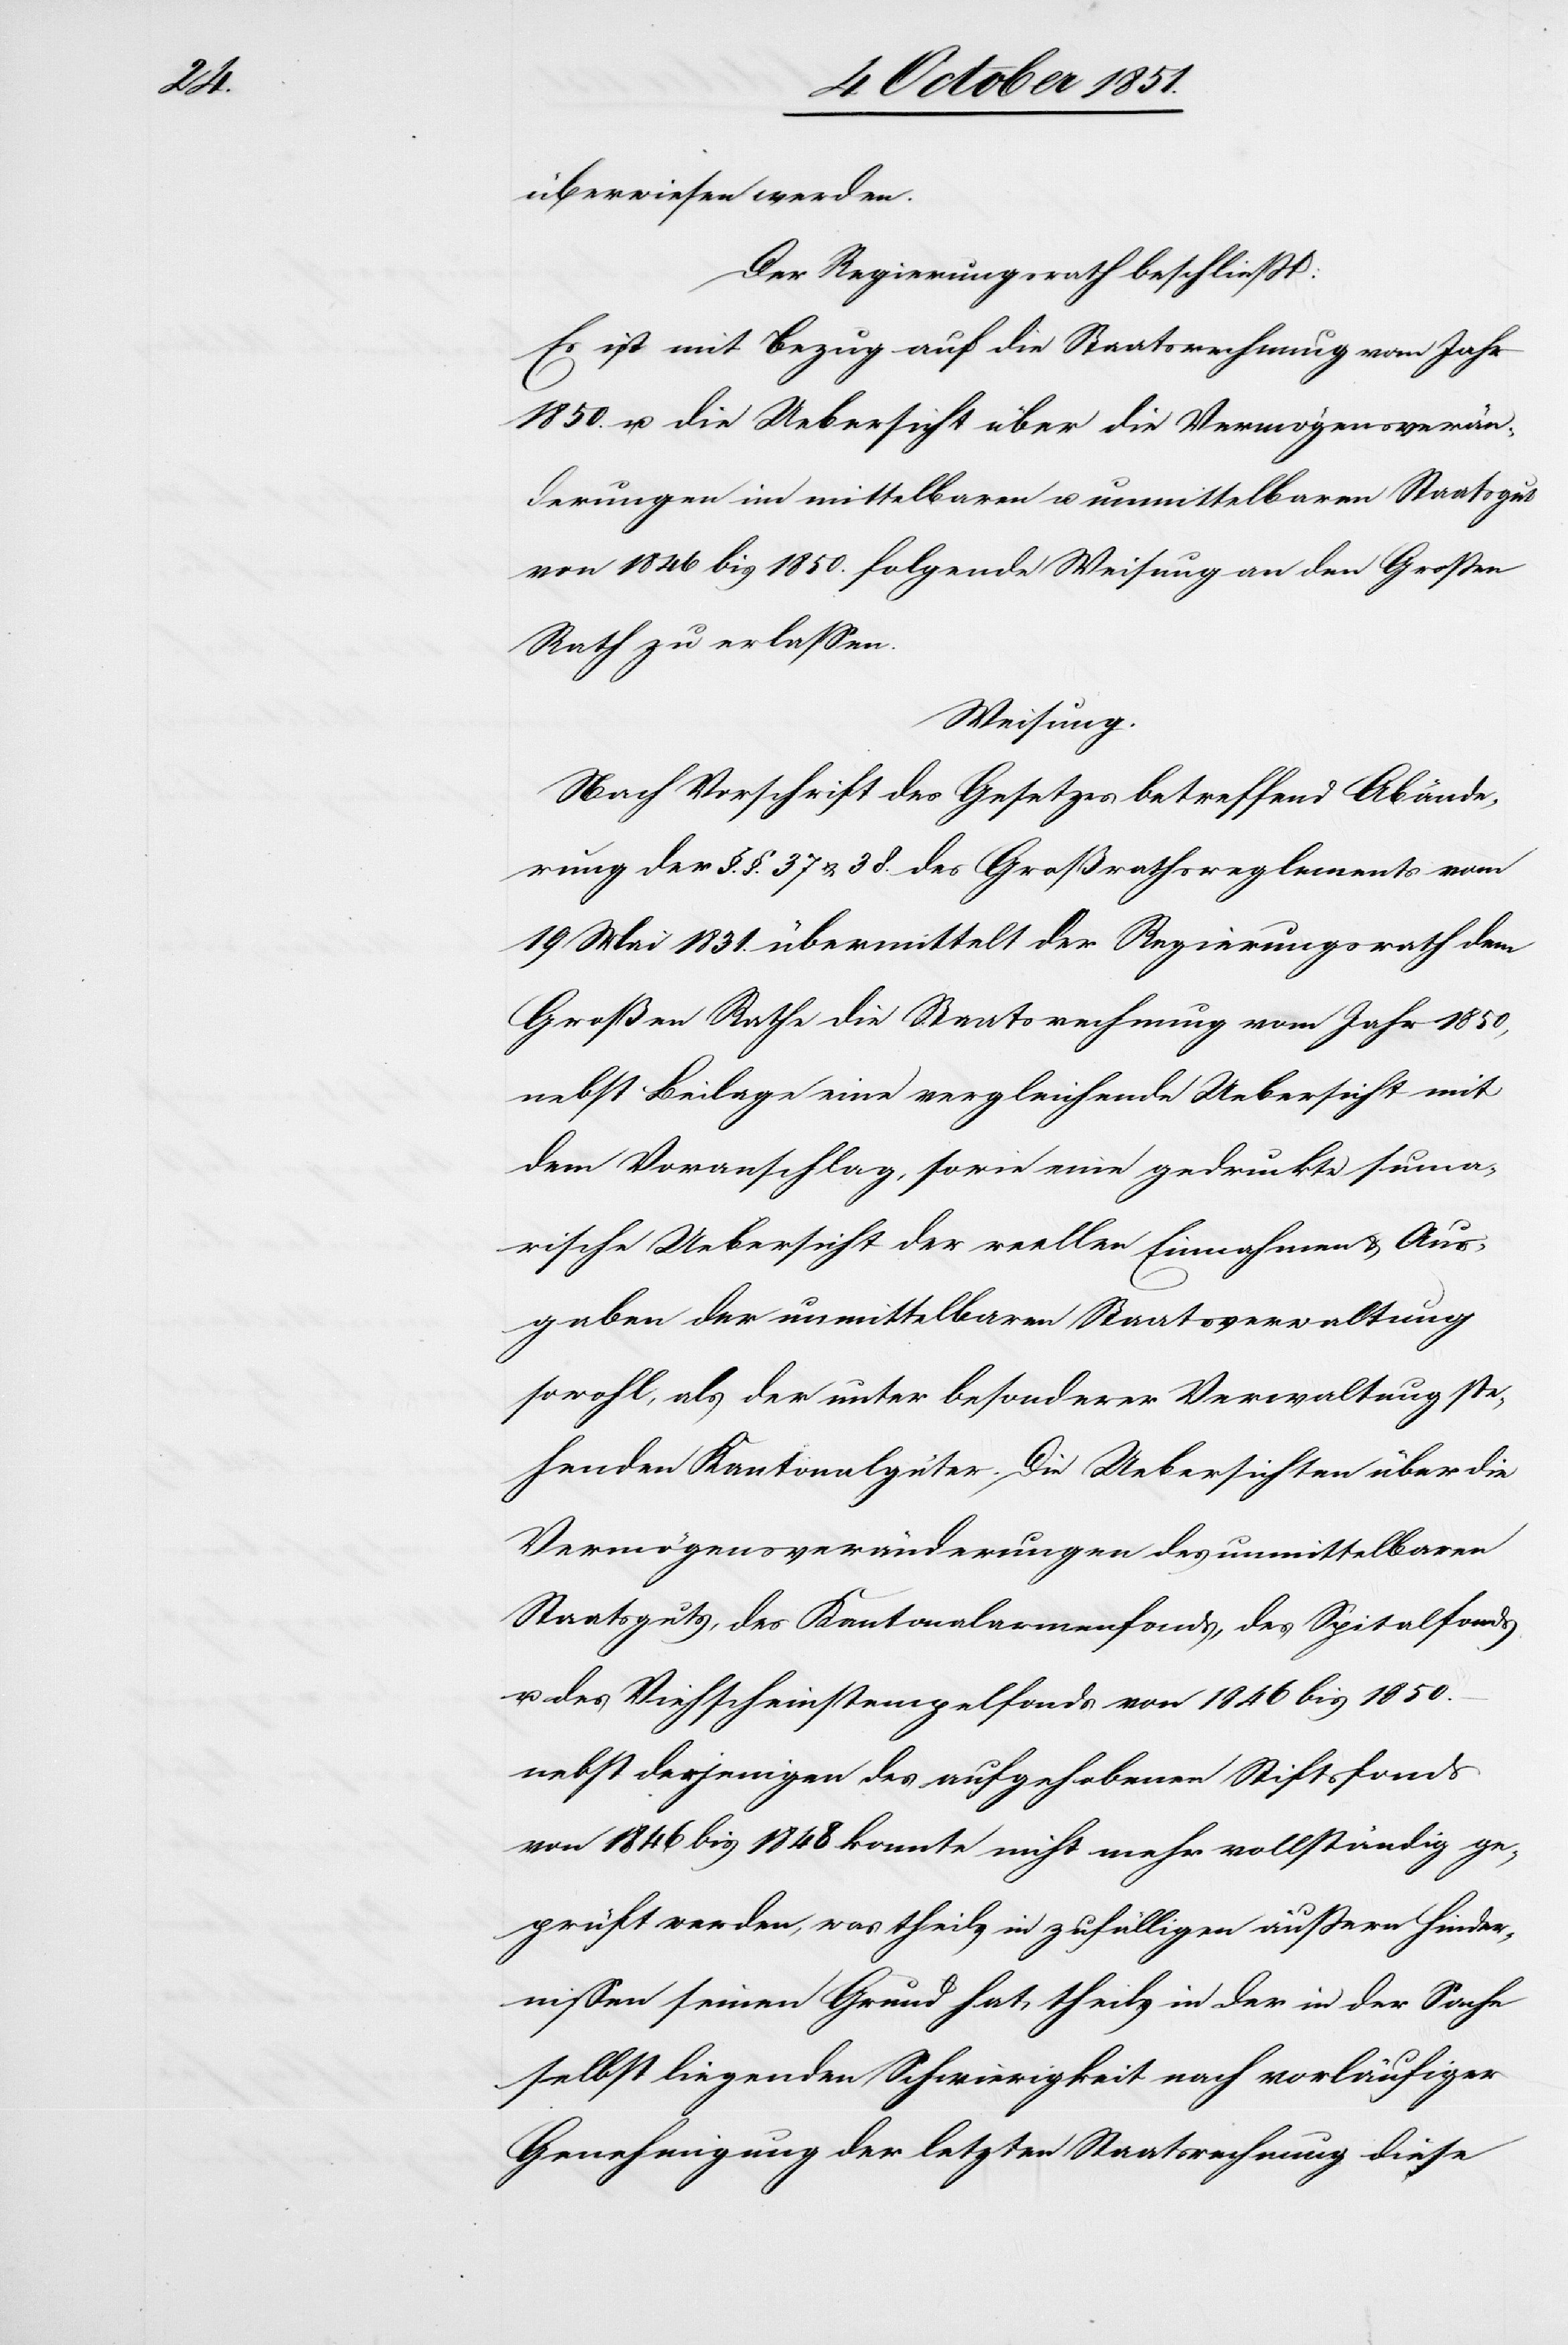
überwiesen werden.
Der Regierungsrath beschließt:
Es ist mit Bezug auf die Staatsrechnung vom Jahr
1850. u. die Uebersicht über die Vermögensverän¬
derungen im mittelbaren u. unmittelbaren Staatsgut
von 1846 bis 1850. folgende Weisung an den Großen
Rath zu erlassen.
Weisung.
Nach Vorschrift des Gesetzes betreffend Abände¬
rung der §. §. 37 & 38. des Großrathsreglements vom
19 Mai 1831. übermittelt der Regierungsrath dem
Großen Rathe die Staatsrechnung vom Jahr 1850,
nebst Beilage eine vergleichende Uebersicht mit
dem Voranschlag, sowie eine gedruckte sum[m]a¬
rische Uebersicht der reellen Einnahmen & Aus¬
gaben der unmittelbaren Staatsverwaltung
sowohl, als der unter besonderer Verwaltung ste¬
henden Kantonalgüter. Die Uebersichten über die
Vermögensveränderungen des unmittelbaren
Staatsguts, des Kantonalarmenfonds, des Spitalfonds
u. des Viehscheinstempelfonds von 1846 bis 1850.
nebst derjenigen des aufgehobenen Stiftsfonds
von 1846 bis 1848 konnte nicht mehr vollständig ge¬
prüft werden, was theils in zufälligen äußern Hinder¬
nissen seinen Grund hat, theils in der in der Sache
selbst liegenden Schwierigkeit nach vorläufiger
Genehmigung der letzten Staatsrechnung diese